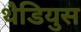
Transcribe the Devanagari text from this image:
थैडियुस